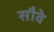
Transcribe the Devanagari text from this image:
सौवे